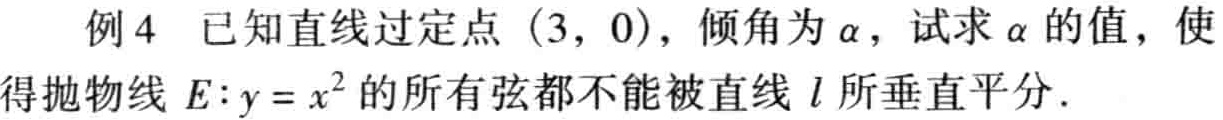
例4 已知直线过定点\((3,0)\)，倾角为\(\alpha\)，试求\(\alpha\)的值，使得抛物线\(E:y = x^{2}\)的所有弦都不能被直线\(l\)所垂直平分.